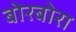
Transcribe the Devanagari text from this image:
बोरबोरा